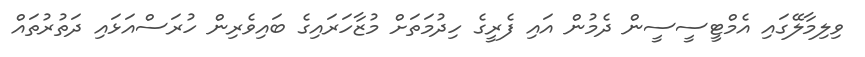
ވިލިމާލޭގައި އެމްޓީސީސީން ދެމުން އައި ފެރީގެ ހިދުމަތަށް މުޒާހަރައިގެ ބައިވެރިން ހުރަސްއަޅައި ދަތުރުތައް